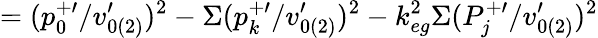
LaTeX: =(p_{0}^{+\prime}/v_{0(2)}^{\prime})^{2}-\Sigma(p_{k}^{+\prime}/v_{0(2)}^{\prime})^{2}-k_{eg}^{2}\Sigma(P_{j}^{+\prime}/v_{0(2)}^{\prime})^{2}